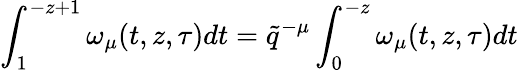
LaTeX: \int_{1}^{-z+1}\omega_{\mu}(t,z,\tau)dt=\tilde{q}^{-\mu}\int_{0}^{-z}\omega_{\mu}(t,z,\tau)dt